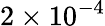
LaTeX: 2\times 10^{-4}